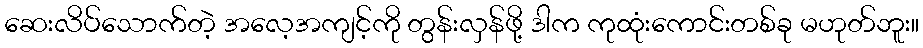
ဆေးလိပ်သောက်တဲ့ အလေ့အကျင့်ကို တွန်းလှန်ဖို့ ဒါက ကုထုံးကောင်းတစ်ခု မဟုတ်ဘူး။